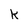
Character: k